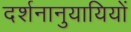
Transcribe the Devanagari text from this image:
दर्शनानुयायियों